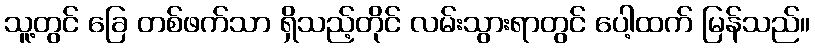
သူ့တွင် ခြေ တစ်ဖက်သာ ရှိသည့်တိုင် လမ်းသွားရာတွင် ပေါ့ထက် မြန်သည်။